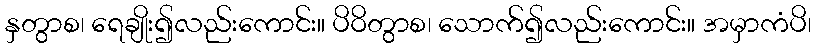
နှတွာစ၊ ရေချိုး၍လည်းကောင်း။ ပိဝိတွာစ၊ သောက်၍လည်းကောင်း။ အမှာကံပိ၊